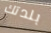
بلدتك